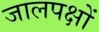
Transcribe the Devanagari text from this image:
जालपक्षों